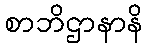
စာဘိဌာနာနိ